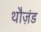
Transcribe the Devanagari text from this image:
थौज़ंड